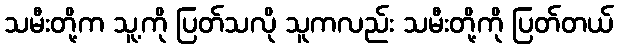
သမီးတို့က သူ့ကို ပြတ်သလို သူကလည်း သမီးတို့ကို ပြတ်တယ်